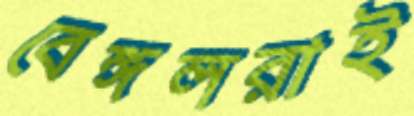
বেঙ্গলরাই